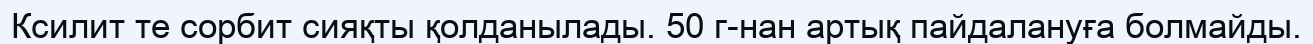
Ксилит те сорбит сияқты қолданылады. 50 г-нан артық пайдалануға болмайды.